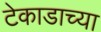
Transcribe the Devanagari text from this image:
टेकाडाच्या